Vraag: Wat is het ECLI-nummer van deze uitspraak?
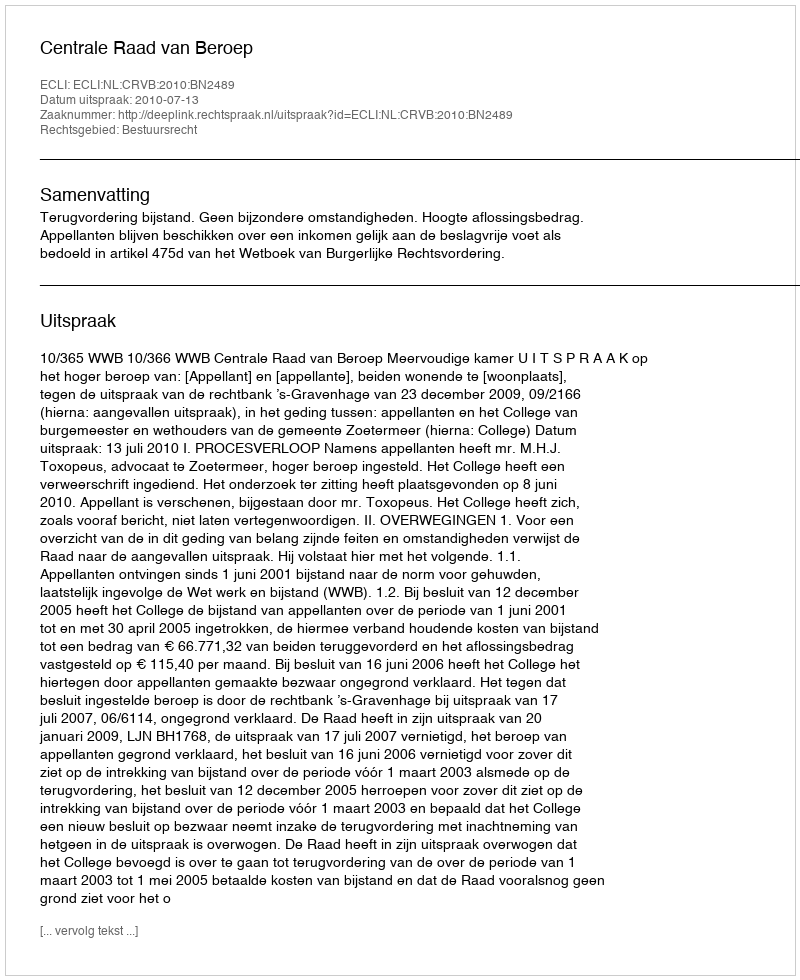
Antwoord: ECLI:NL:CRVB:2010:BN2489